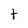
Character: t